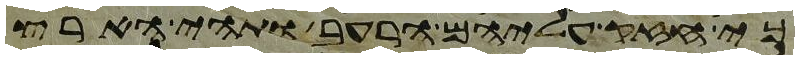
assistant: כי חזק עליהם הרעב ותהי הארץ